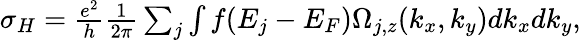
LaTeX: \begin{array}{r}{\sigma_{H}=\frac{e^{2}}{h}\frac{1}{2\pi}\sum_{j}\int f(E_{j}-E_{F})\Omega_{j,z}(k_{x},k_{y})dk_{x}dk_{y},}\end{array}